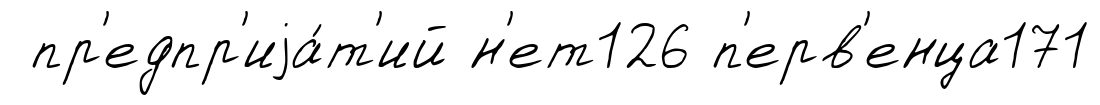
пр'едпр'иjа́т'ий н'ет126 п'ерв'енца171